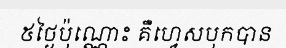
៥ថ្ងៃប៉ុណ្ណោះ គឺហ្វេសបុកបាន